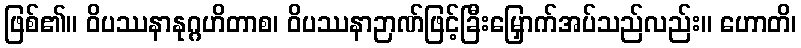
ဖြစ်၏။ ဝိပဿနာနုဂ္ဂဟိတာစ၊ ဝိပဿနာဉာဏ်ဖြင့်ခြီးမြှောက်အပ်သည်လည်း။ ဟောတိ၊